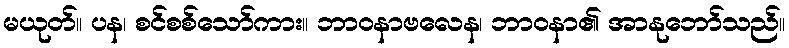
မယုတ်။ ပန၊ စင်စစ်သော်ကား။ ဘာဝနာဗလေန၊ ဘာဝနာ၏ အာနုဘော်သည်။